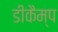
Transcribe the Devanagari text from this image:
डीकैम्प